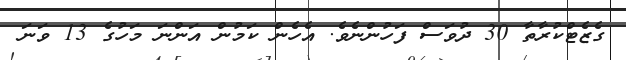
ގެޒެޓްކުރާތާ 30 ދުވަސް ފަހުންނެވެ. އެހެން ކަމުން އަންނަ މަހުގެ 13 ވަނަ